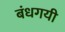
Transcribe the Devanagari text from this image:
बंधगयी